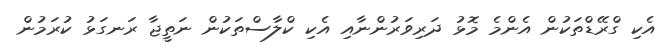
އެކި ގްރޭޑްތަކުން އެންމެ މޮޅު ދަރިވަރުންނާއި އެކި ކްލާސްތަކުން ނަތީޖާ ރަނގަޅު ކުރަމުން